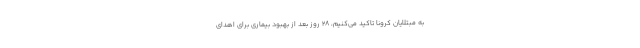
به مبتلایان کرونا تاکید می‌کنیم، ۲۸ روز بعد از بهبود بیماری برای اهدای